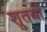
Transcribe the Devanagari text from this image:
श्रुतर्वा